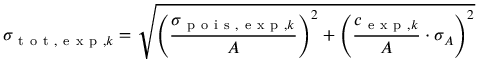
\sigma _ { \mathrm { ~ t ~ o ~ t ~ } , \mathrm { ~ e ~ x ~ p ~ } , k } = \sqrt { \left( \frac { \sigma _ { \mathrm { ~ p ~ o ~ i ~ s ~ } , \mathrm { ~ e ~ x ~ p ~ } , k } } { A } \right) ^ { 2 } + \left( \frac { c _ { \mathrm { ~ e ~ x ~ p ~ } , k } } { A } \cdot \sigma _ { A } \right) ^ { 2 } }